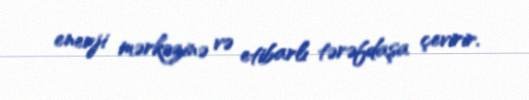
enerji mərkəzinə və etibarlı tərəfdaşa çevirir.